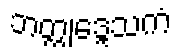
ဘတ္တုဒ္ဒေသကံ